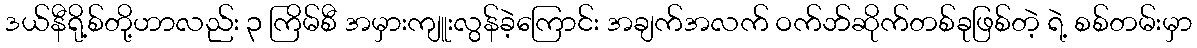
ဒယ်နီရို့စ်တို့ဟာလည်း ၃ ကြိမ်စီ အမှားကျူးလွန်ခဲ့ကြောင်း အချက်အလက် ဝက်ဘ်ဆိုက်တစ်ခုဖြစ်တဲ့ ရဲ့ စစ်တမ်းမှာ